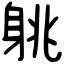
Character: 䠷